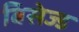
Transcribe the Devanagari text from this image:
बिसेज्ड